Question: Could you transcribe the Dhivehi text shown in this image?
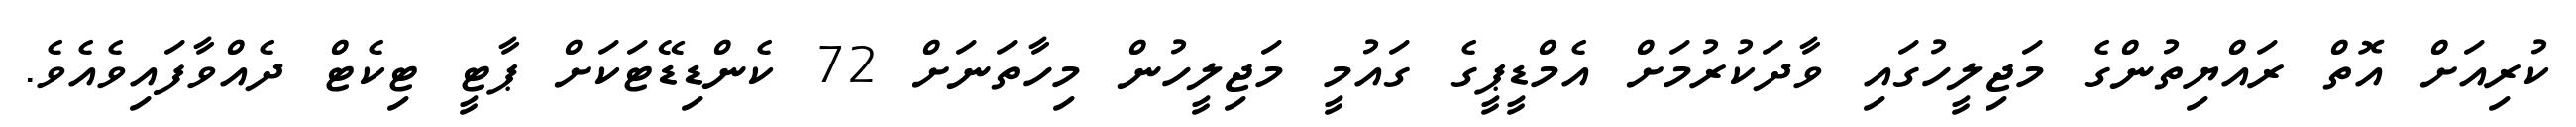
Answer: ކުރިއަށް އޮތް ރައްޔިތުންގެ މަޖިލީހުގައި ވާދަކުރުމަށް އެމްޑީޕީގެ ގައުމީ މަޖިލީހުން މިހާތަނަށް 72 ކެންޑިޑޭޓަކަށް ޕާޓީ ޓިކެޓް ދެއްވާފައިވެއެވެ.